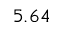
5 . 6 4